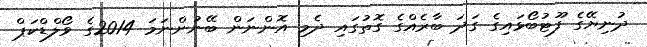
ދުނިޔޭގެ ފޫޓުބޯޅައިގެ ގަދަ ބާރެއްގެ ގޮތުގައި ދެމި އޮންނަން ބޭނުންނަމަ 2014ގެ ވޯލްޑްކަޕް